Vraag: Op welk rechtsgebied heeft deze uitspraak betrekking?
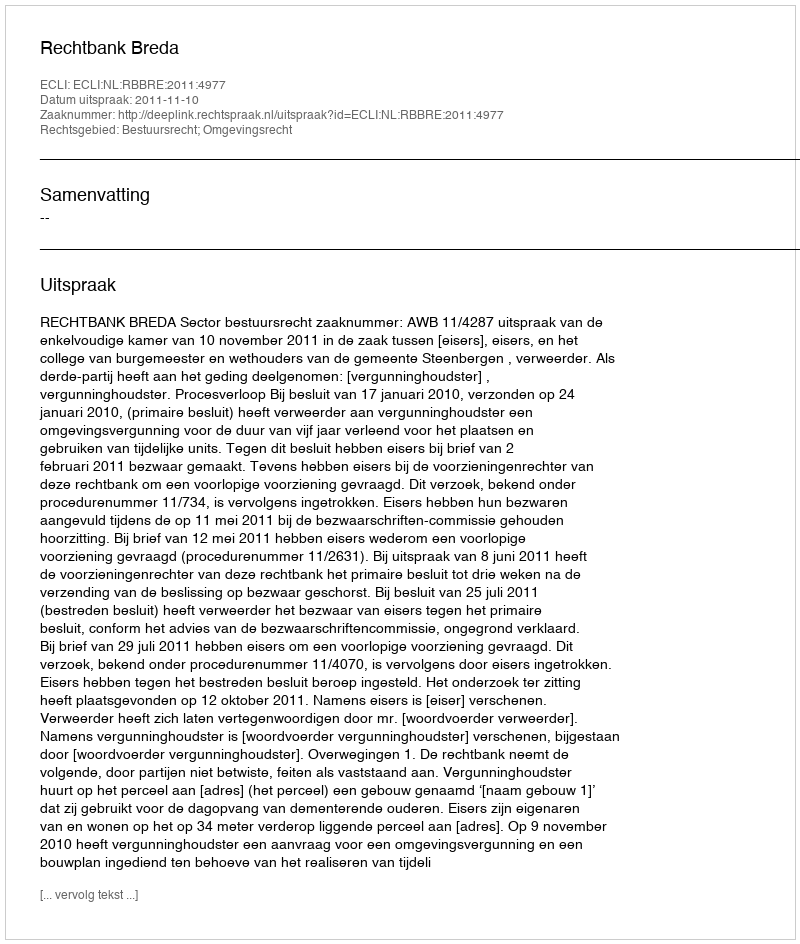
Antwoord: Bestuursrecht; Omgevingsrecht